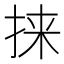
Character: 𫼲